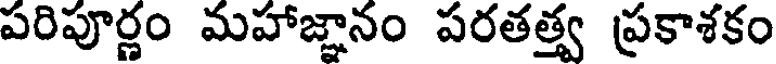
పరిపూర్ణం మహాజ్ఞానం పరతత్త్వ ప్రకాశకం